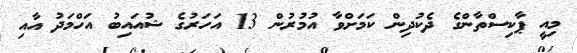
މިއީ ޕާކިސްތާންގެ ދެކުދިން ކަމަށްވާ އުމުރުން 13 އަހަރުގެ ޝުއައިބު އަހްމަދު އާއި